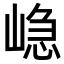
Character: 𭖷